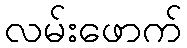
လမ်းဖောက်